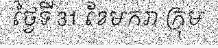
ថ្ងៃទី 31 ខែមករា ក្រុម